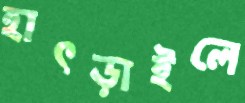
হাৎড়াইলে